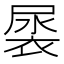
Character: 𮖎